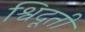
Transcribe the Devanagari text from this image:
श्विदूती